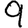
Digit: 9